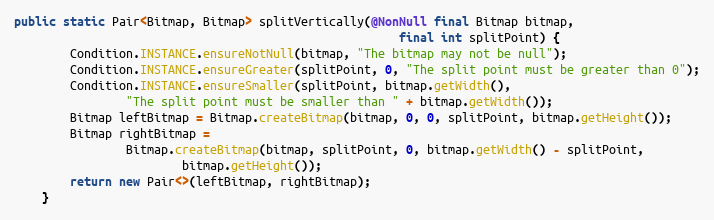
Language: Java
public static Pair<Bitmap, Bitmap> splitVertically(@NonNull final Bitmap bitmap,
                                                       final int splitPoint) {
        Condition.INSTANCE.ensureNotNull(bitmap, "The bitmap may not be null");
        Condition.INSTANCE.ensureGreater(splitPoint, 0, "The split point must be greater than 0");
        Condition.INSTANCE.ensureSmaller(splitPoint, bitmap.getWidth(),
                "The split point must be smaller than " + bitmap.getWidth());
        Bitmap leftBitmap = Bitmap.createBitmap(bitmap, 0, 0, splitPoint, bitmap.getHeight());
        Bitmap rightBitmap =
                Bitmap.createBitmap(bitmap, splitPoint, 0, bitmap.getWidth() - splitPoint,
                        bitmap.getHeight());
        return new Pair<>(leftBitmap, rightBitmap);
    }